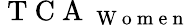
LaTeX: \mathrm{~T~C~A~}_{\mathrm{~W~o~m~e~n~}}